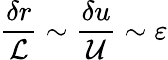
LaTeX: \frac{\delta r}{\mathcal{L}}\sim\frac{\delta u}{\mathcal{U}}\sim\varepsilon